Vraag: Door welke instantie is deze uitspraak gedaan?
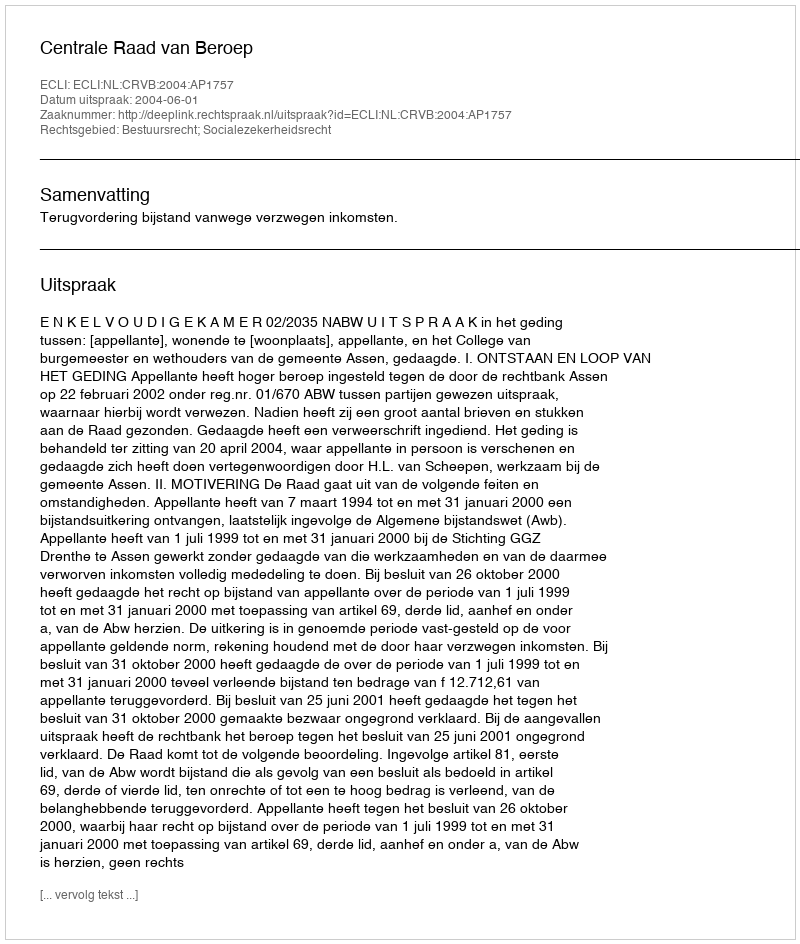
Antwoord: Centrale Raad van Beroep